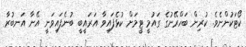
ކޯޓަކުންނެވެ. ކުރިން ބަހްރޭނުގެ ގައުމީ ޓީމަށް ކުޅެފައިވާ އަރައީބީ ބުނެފައިވަނީ އޭނާ އަނބުރާ